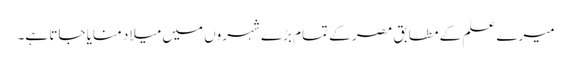
میرے علم کے مطابق مصر کے تمام بڑے شہروں میں میلاد منایا جاتا ہے۔